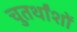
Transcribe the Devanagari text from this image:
चुतर्थांशों